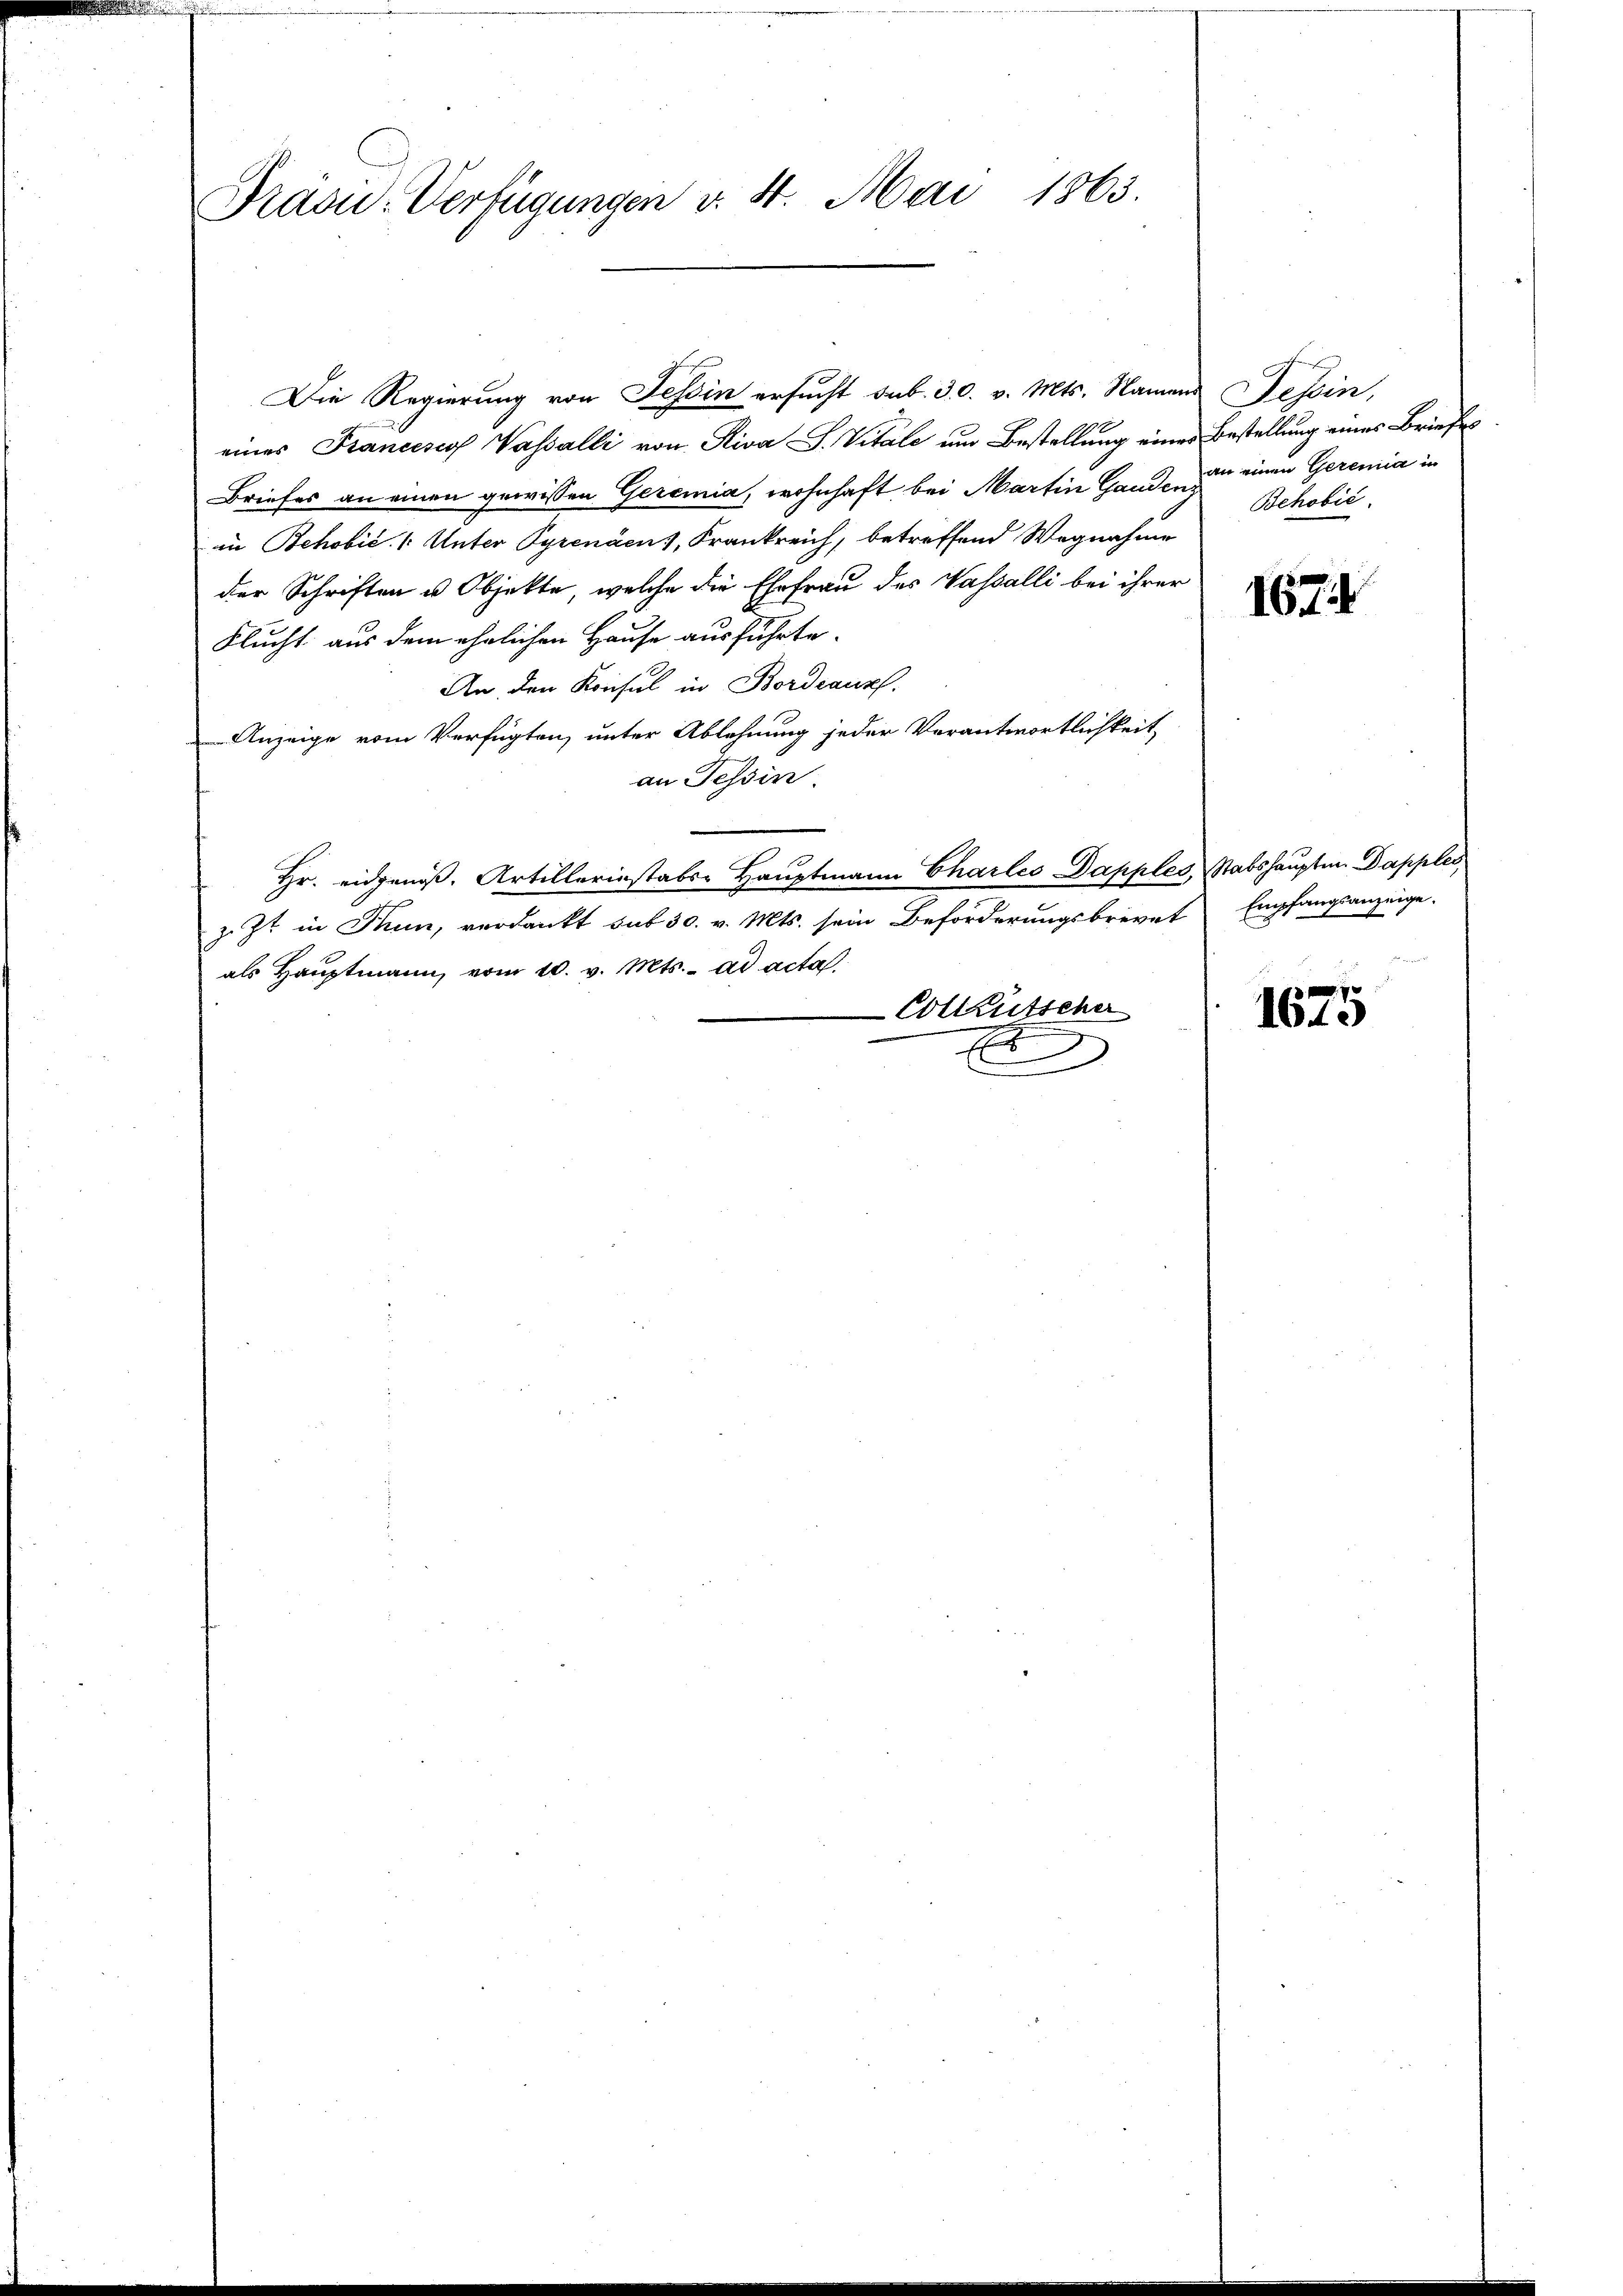
Präsu-Verfügungen v. 4. Mai 1863.

Die Regierung von Tessin ersucht sub. 30. v. Mts. Namens Tessin,
eines Francisco Vasalli von Riva S. Vitale um Bestellung eines Bestellung eines Briefes
Briefes an einen gewissen Geremia, wohnhaft bei Martin Hand, zu einen Geremia in
in Behobić. /: Unter Pyrenäens, Frankreich, betreffend Wegnahme
der Schriften u. Objekte, welche die Ehefrau des Vasalli bei ihrer
Flucht aus dem ehelichen Hause ausführte.
An den Konsul in Bordeauz.
Anzeige vom Verfügten, unter Ablehnung jeder Verantwortlichkeit
an Tessin.
Hr. eidgenoß. Artillerinstabs-Hauptmann Charles Dapples, Stabshauptm. Dapples,
z. Zt. in Thun, verdankt sub 30. v. Mts. sein Beförderungsbrevet Empfangsanzeige.
als Hauptmann vom 10. v. Mts. ad acta
Coltkutscher
E

Bchobić.

1674

1675